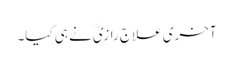
آخری علاج رازیؒ نے ہی کیا۔